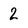
Character: 2